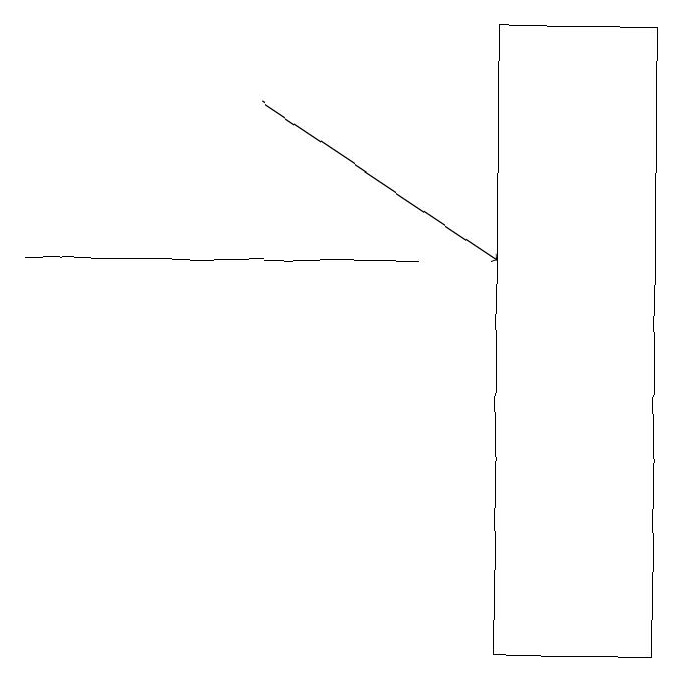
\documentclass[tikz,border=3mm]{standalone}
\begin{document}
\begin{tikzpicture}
\draw[->] (4,18) -- (7,16);
\draw (1,16) rectangle (6,16);
\draw (7,11) rectangle (9,19);
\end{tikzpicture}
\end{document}